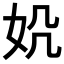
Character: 𪥪